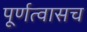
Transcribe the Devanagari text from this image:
पूर्णत्वासच